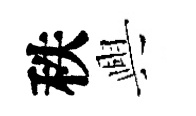
秩興